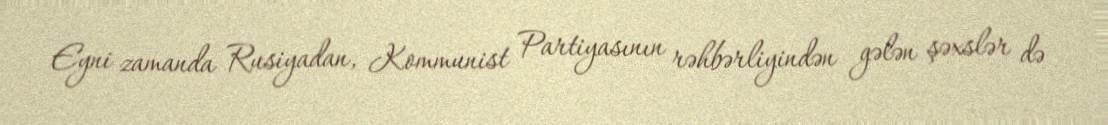
Eyni zamanda Rusiyadan, Kommunist Partiyasının rəhbərliyindən gələn şəxslər də